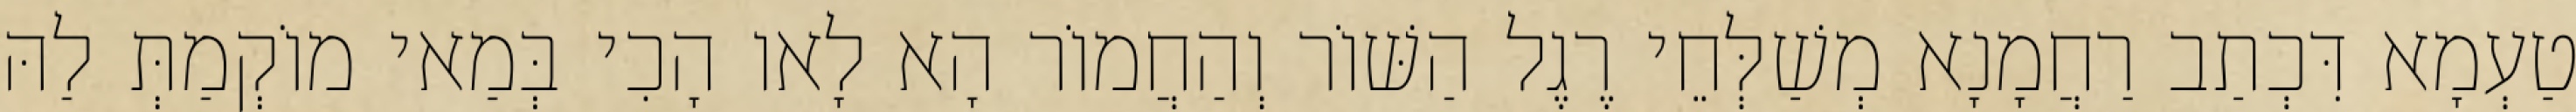
טַעְמָא דִּכְתַב רַחֲמָנָא מְשַׁלְּחֵי רֶגֶל הַשּׁוֹר וְהַחֲמוֹר הָא לָאו הָכִי בְּמַאי מוֹקְמַתְּ לַהּ